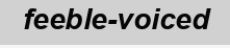
feeble-voiced